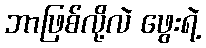
ဘာဖြစ်လို့လဲ ဖွေးရဲ့